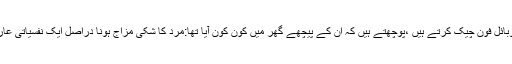
وہ میرا موبائل فون چیک کرتے ہیں ،پوچھتے ہیں کہ ان کے پیچھے گھر میں کون کون آیا تھا:مرد کا شکی مزاج ہونا دراصل ایک نفسیاتی عارضہ ہے ۔